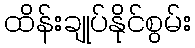
ထိန်းချုပ်နိုင်စွမ်း